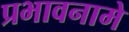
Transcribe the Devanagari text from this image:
प्रभावनामे